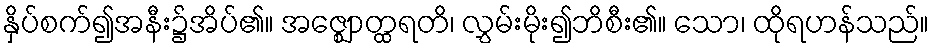
နှိပ်စက်၍အနီး၌အိပ်၏။ အဇ္ဈောတ္ထရတိ၊ လွှမ်းမိုး၍ဘိစီး၏။ သော၊ ထိုရဟန်သည်။